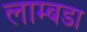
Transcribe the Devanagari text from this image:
लाम्बडा